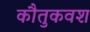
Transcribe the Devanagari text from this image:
कौतुकवश